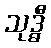
သုဒ္ဓီ